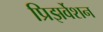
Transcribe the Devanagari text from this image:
प्रिझर्वेशन